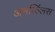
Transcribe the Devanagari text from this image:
अमर्य्ल्लिस